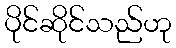
ပိုင်ဆိုင်သည်ဟု